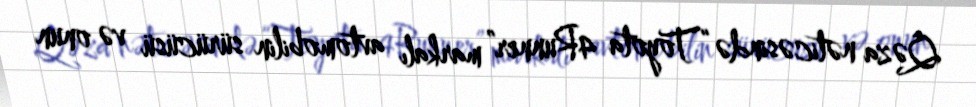
Qəza nəticəsində “Toyota 4Runner” markalı avtomobilin sürücüsü və onun